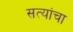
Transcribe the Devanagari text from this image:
सत्यांचा